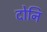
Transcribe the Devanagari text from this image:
दोनि